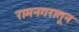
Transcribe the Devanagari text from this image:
रामनगरातून